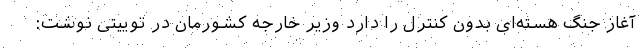
آغاز جنگ هسته‌ای بدون کنترل را دارد وزیر خارجه کشورمان در توییتی نوشت: